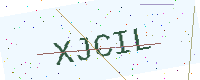
Text: XJCIL